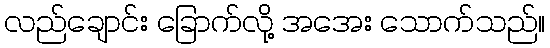
လည်ချောင်း ခြောက်လို့ အအေး သောက်သည်။